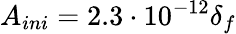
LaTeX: A_{ini}=2.3\cdot 10^{-12}\delta_{f}